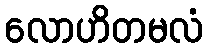
လောဟိတမလံ